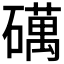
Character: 𥖣